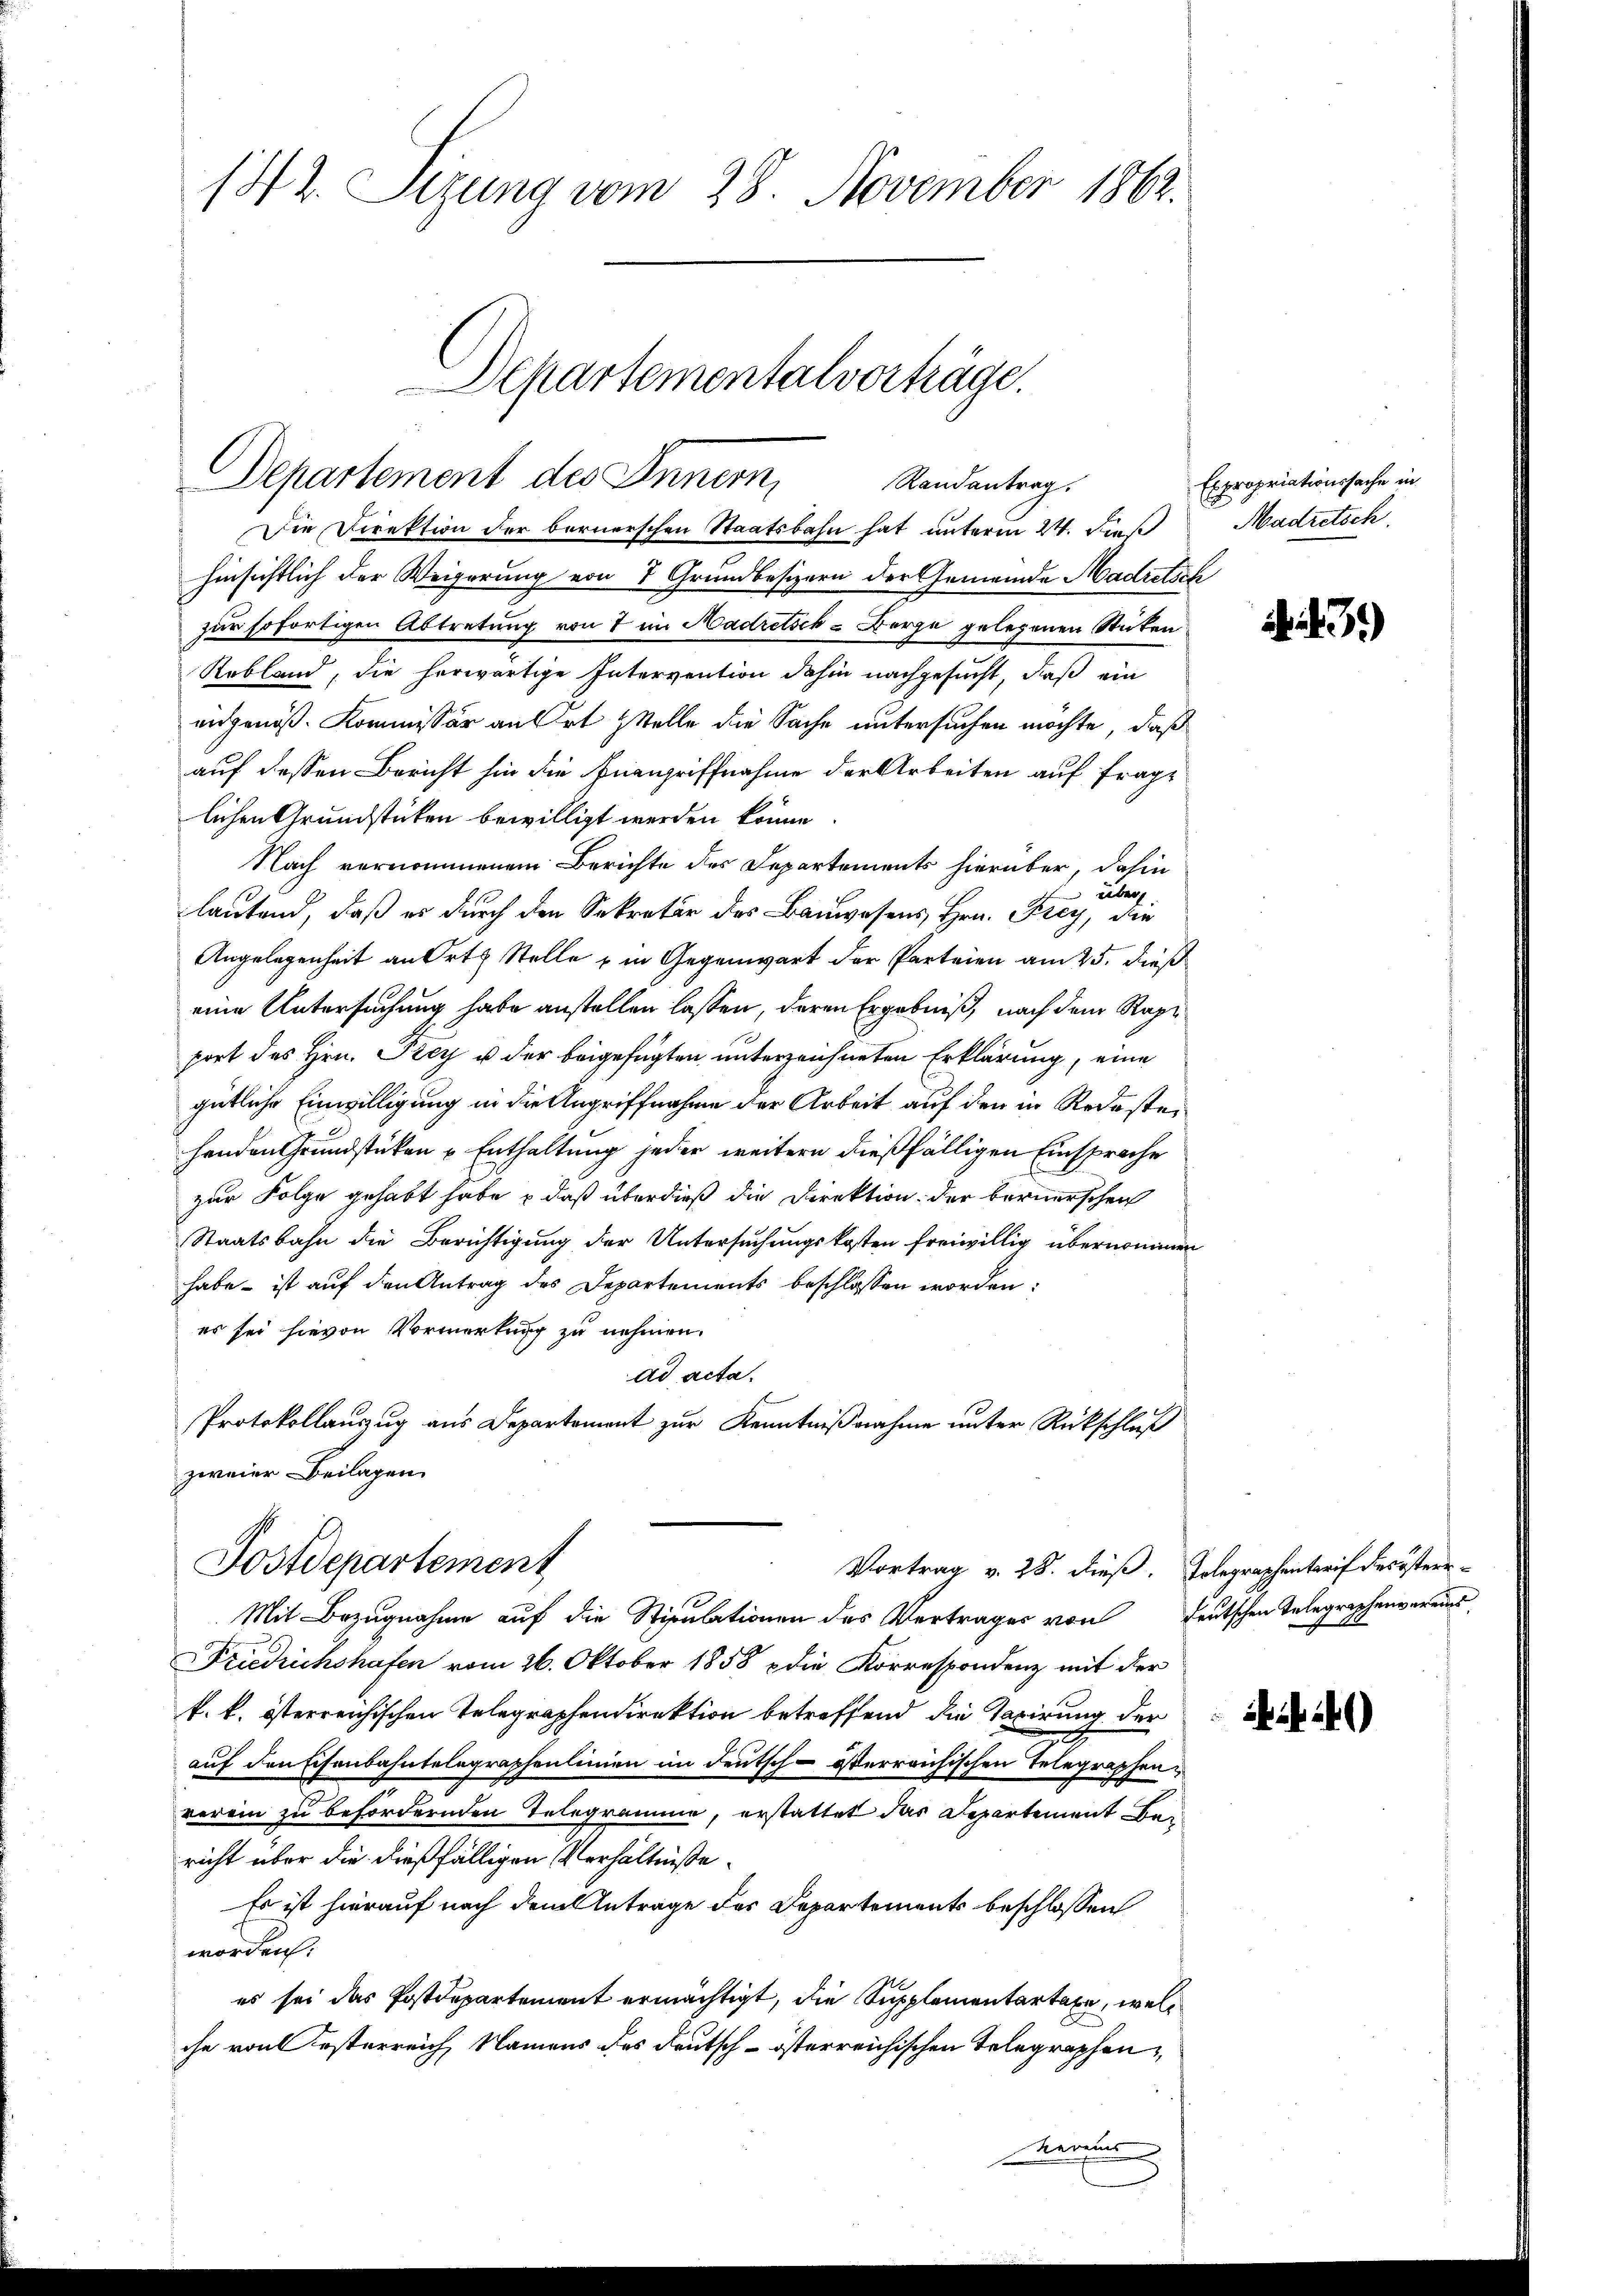
142. Sizung vom 28. November 1862.

Departementalvorträge.
Departement des Innern,
Randantrag.
Die Direktion der bernerschen Staatsbahn hat unterm 24. dieß

hinsichtlich der Weigerung von 7 Grundbesizern der Gemeinde Madretsch
zur sofortigen Abtretung von 7 im Madretick - Berge gelegenen Stücken
Rebland, die herwärtige Intervention dahin nachgesucht, daß ein
angenoß. Kommissär an Ort & Stelle die Sache untersuchen möchte, daß
auf dessen Bericht hin die Furngriffnahme der Arbeiten auf fraglichen Grundstücken bewilligt werden könne.
Nach vernommenem Berichte des Departements hierüber, dahin
über
lautend, daß es durch den Sekretär des Bauwesens Hrn. Frey, der
Angelegenheit an Orts Stelle & in Gegenwart der Parteien am 25. dieß
eine Untersuchung habe anstellen lassen, deren Ergebniß, nach dem Rapport des Hrn. Frey u der beigefügten unterzeichneten Erklärung, eine
gütliche Einwilligung in die Angriffnahme der Arbeit auf den in Rede steihenden Grundstücken u. Enthaltung jeder weitern dießfälligen Einsprache
zur Folge gehabt habe & daß überdieß die Direktion der bernerschen
Staatsbahn die Berichtigung der Untersuchungskosten freiwillig übernommen
habe - ist auf den Antrag des Departements beschlossen worden:
es sei hievon Vormerkung zu nehmen.
ad acta.
Protokollauszug aus Departement zur Kenntnißnahme unter Rückschluß
zweier Beilagen
Postdepartement
Vortrag v. 28. dieß. Solegraphentarif des öster¬
Mit Bezugnahme auf die Stipulationen des Vertrages von
Friedrichshafen vom 26. Oktober 1858 die Korrespondenz mit der
k. k. österreichischen Telegraphendirektion betreffend die Taxirung der
auf den Eisenbahntelegraphenlinien im deutsch-österreichischen Telegraphen u
verein zu befördernden Telegramme, erstattet das Departement Bericht über die dießfälligen Verhältniße
Es ist hierauf nach dem Antrage des Departements beschlossen
worden:
es sei das Postdepartement ermächtigt, die Supplementartage, welche von österreich, Namens des Reutsch-österreichischen Telegrapheneres

Expropriationssache in
Madretsch.

. d. 3.)

deutschen Telegraphenvereins